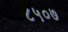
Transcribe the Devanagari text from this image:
८५०७